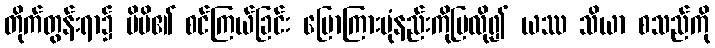
တိုက်တွန်းရာ၌ မိမိ၏ စင်ကြယ်ခြင်း ပြောကြားပုံနည်းကိုပြလို၍ ယဿ သိယာ စသည်ကို